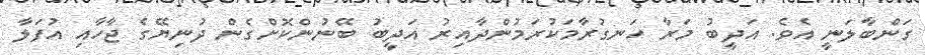
ގަންބާލަނީ އެވެ. އަދީބު މަރާ ހަނގުރާމަކުރަމުންދާއިރު އަދީބު ބޭނުންކޮށްގެން ދުނިޔޭގެ ޖާހާއި އުފަލާ